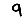
Digit: 9